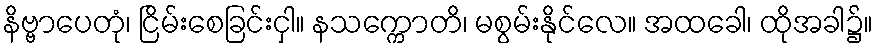
နိဗ္ဗာပေတုံ၊ ငြိမ်းစေခြင်းငှါ။ နသက္ကောတိ၊ မစွမ်းနိုင်လေ။ အထခေါ၊ ထိုအခါ၌။